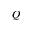
Q